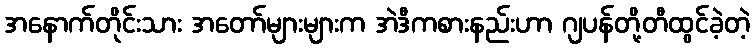
အနောက်တိုင်းသား အတော်များများက အဲဒီကစားနည်းဟာ ဂျပန်တို့တီထွင်ခဲ့တဲ့